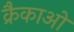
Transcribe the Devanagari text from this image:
क्रैकाओ